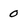
Character: 0